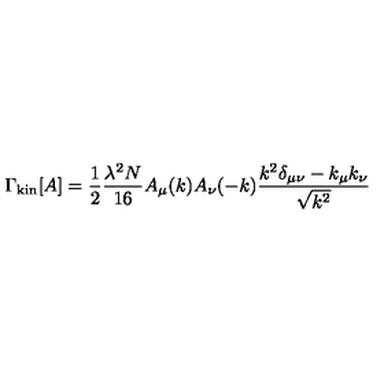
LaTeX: \Gamma _ { \mathrm { k i n } } [ A ] = \frac { 1 } { 2 } \frac { \lambda ^ { 2 } N } { 1 6 } A _ { \mu } ( k ) A _ { \nu } ( - k ) \frac { k ^ { 2 } \delta _ { \mu \nu } - k _ { \mu } k _ { \nu } } { \sqrt { k ^ { 2 } } }